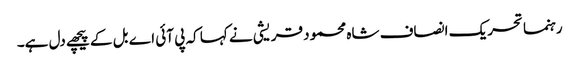
رہنما تحریک انصاف شاہ محمود قریشی نے کہا کہ پی آئی اے بل کے پیچھے دل ہے۔